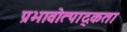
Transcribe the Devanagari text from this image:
प्रभावोत्पाद्कता